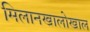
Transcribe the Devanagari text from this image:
मिलानखालोखाल